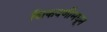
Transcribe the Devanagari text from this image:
शिकवणीमधून